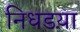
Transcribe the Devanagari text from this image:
निधडय़ा